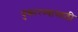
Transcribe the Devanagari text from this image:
पुकारण्यासाठी